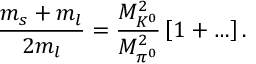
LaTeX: \frac { m _ { s } + m _ { l } } { 2 m _ { l } } = \frac { M _ { K ^ { 0 } } ^ { 2 } } { M _ { \pi ^ { 0 } } ^ { 2 } } \left[ 1 + \ldots \right] .